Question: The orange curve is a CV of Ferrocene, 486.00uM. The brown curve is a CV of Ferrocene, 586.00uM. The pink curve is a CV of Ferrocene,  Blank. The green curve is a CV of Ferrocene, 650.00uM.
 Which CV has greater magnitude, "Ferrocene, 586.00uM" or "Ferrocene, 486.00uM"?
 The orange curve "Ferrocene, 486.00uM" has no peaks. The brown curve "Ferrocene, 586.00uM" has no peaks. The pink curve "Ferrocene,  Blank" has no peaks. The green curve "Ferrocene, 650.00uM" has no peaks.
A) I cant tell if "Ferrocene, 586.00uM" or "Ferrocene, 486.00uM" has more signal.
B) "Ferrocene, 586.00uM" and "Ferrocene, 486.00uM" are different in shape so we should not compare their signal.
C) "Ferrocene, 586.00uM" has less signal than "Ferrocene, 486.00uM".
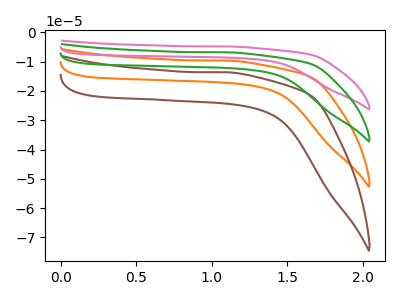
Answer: <think>Neither "Ferrocene, 586.00uM" or "Ferrocene, 486.00uM" have any peaks.
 </think>
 <answer>A) I cant tell if "Ferrocene, 586.00uM" or "Ferrocene, 486.00uM" has more signal.</answer>
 <eval>A</eval>